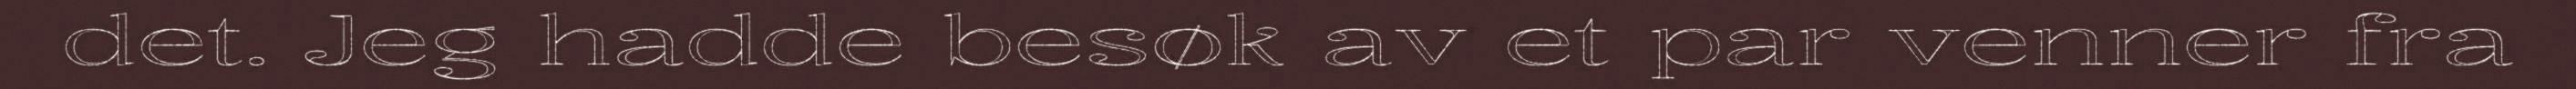
det. Jeg hadde besøk av et par venner fra